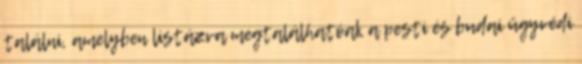
találni, amelyben listázva megtalálhatóak a pesti és budai ügyvédi